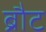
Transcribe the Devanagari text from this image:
ब्रौट